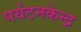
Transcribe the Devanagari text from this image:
पर्यटनकेन्द्र